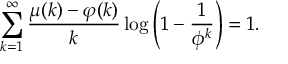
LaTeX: \sum _ { k = 1 } ^ { \infty } { \frac { \mu ( k ) - \varphi ( k ) } { k } } \log \left( 1 - { \frac { 1 } { \phi ^ { k } } } \right) = 1 .